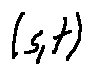
( s , t )